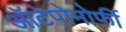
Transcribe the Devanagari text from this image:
ऑटेपोमोर्फी